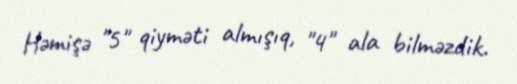
Həmişə "5" qiyməti almışıq, "4" ala bilməzdik.